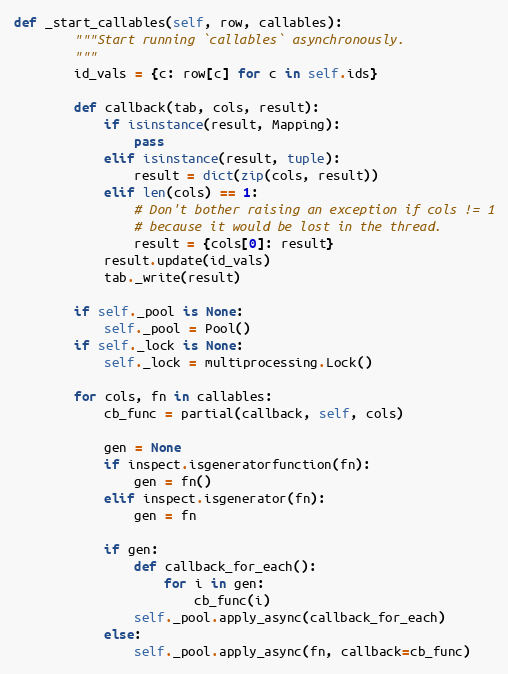
Language: Python
def _start_callables(self, row, callables):
        """Start running `callables` asynchronously.
        """
        id_vals = {c: row[c] for c in self.ids}

        def callback(tab, cols, result):
            if isinstance(result, Mapping):
                pass
            elif isinstance(result, tuple):
                result = dict(zip(cols, result))
            elif len(cols) == 1:
                # Don't bother raising an exception if cols != 1
                # because it would be lost in the thread.
                result = {cols[0]: result}
            result.update(id_vals)
            tab._write(result)

        if self._pool is None:
            self._pool = Pool()
        if self._lock is None:
            self._lock = multiprocessing.Lock()

        for cols, fn in callables:
            cb_func = partial(callback, self, cols)

            gen = None
            if inspect.isgeneratorfunction(fn):
                gen = fn()
            elif inspect.isgenerator(fn):
                gen = fn

            if gen:
                def callback_for_each():
                    for i in gen:
                        cb_func(i)
                self._pool.apply_async(callback_for_each)
            else:
                self._pool.apply_async(fn, callback=cb_func)